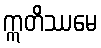
ဣတိဿမေ